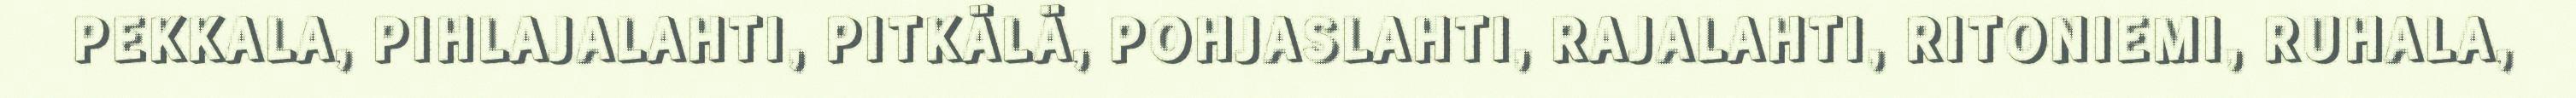
PEKKALA, PIHLAJALAHTI, PITKÄLÄ, POHJASLAHTI, RAJALAHTI, RITONIEMI, RUHALA,